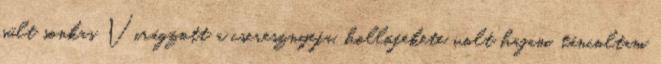
sült sonkas Virágzott a cseresznyefa, hollófekete volt hajam, táncoltam